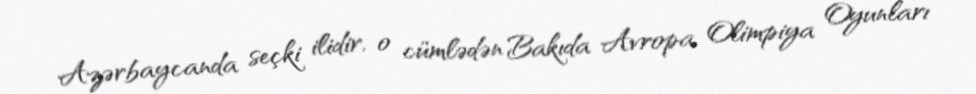
Azərbaycanda seçki ilidir, o cümlədən Bakıda Avropa Olimpiya Oyunları